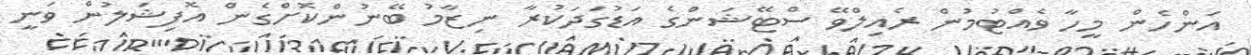
އަންހެން މީހާ ވެއްޓުމުން ރެއިލްވޭ ސްޓޭޝަންގެ އަޑުގަދަކުރާ ނިޒާމު ބޭނުންކޮށްގެން އޮފިޝަލުން ވަނީ